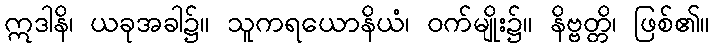
ဣဒါနိ၊ ယခုအခါ၌။ သူကရယောနိယံ၊ ဝက်မျိုး၌။ နိဗ္ဗတ္တိ၊ ဖြစ်၏။